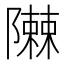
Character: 𮥪